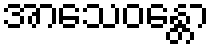
အာသေဝန္တော